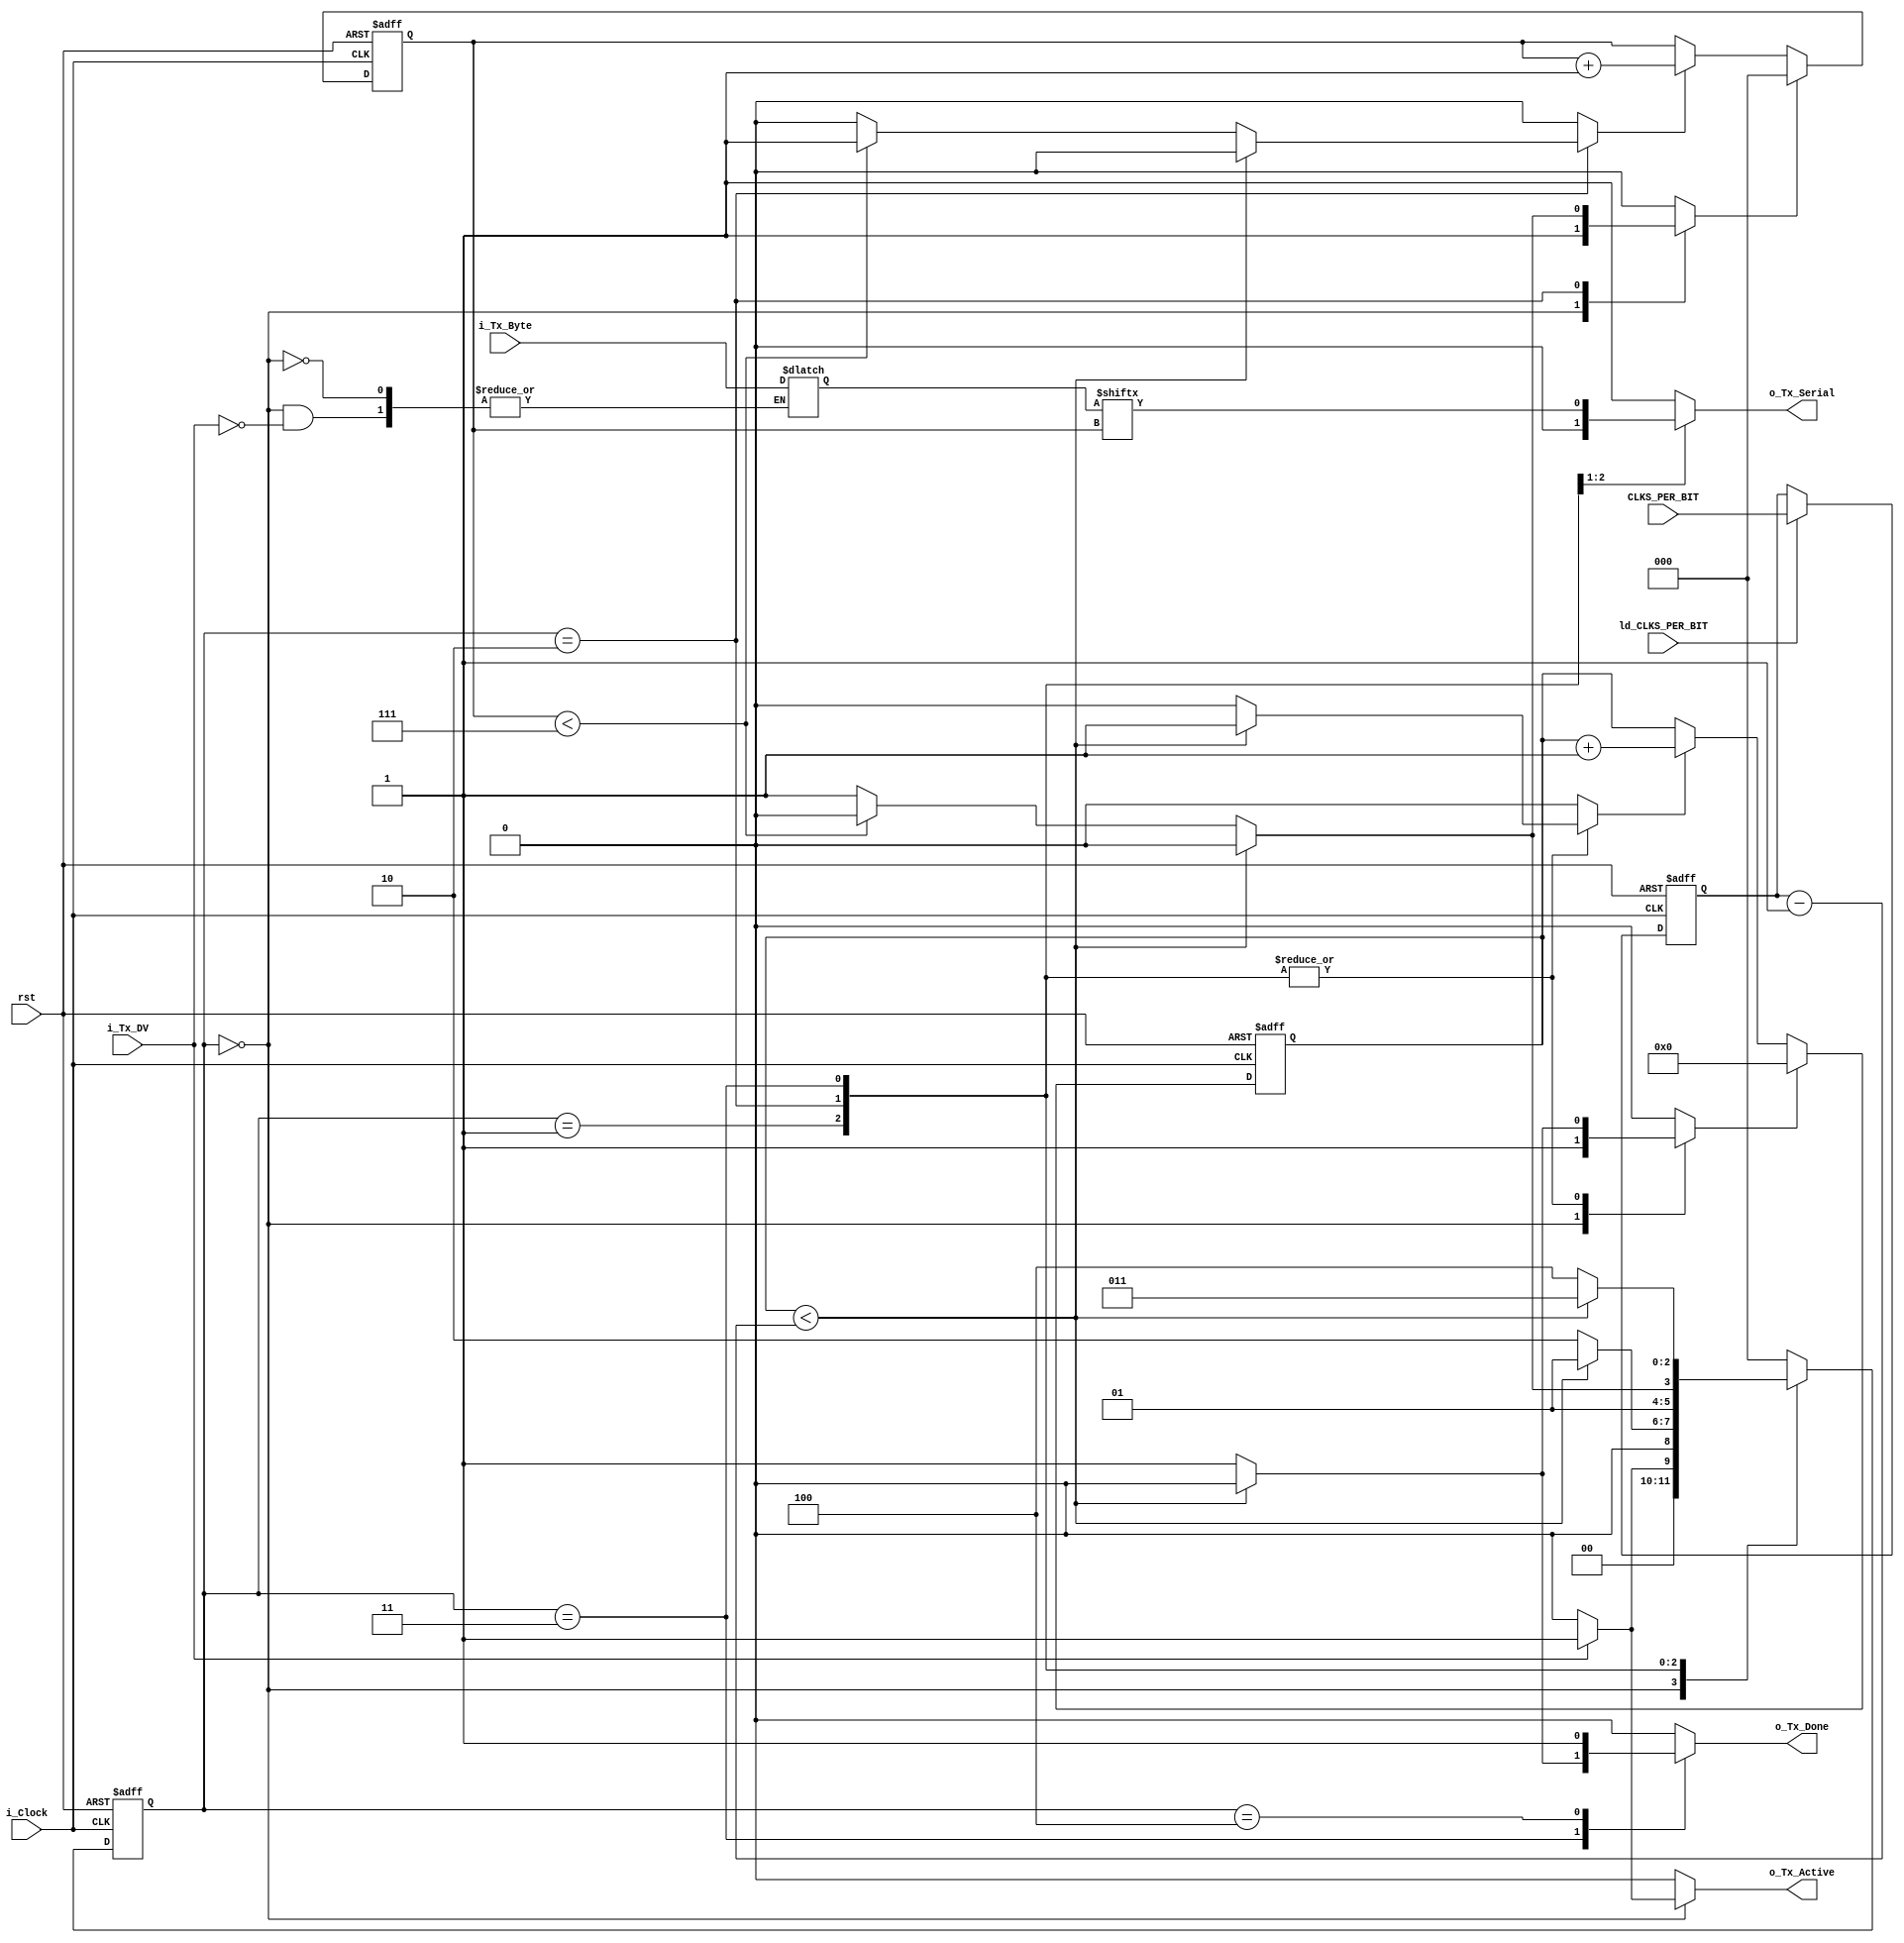
`timescale 1ns/1ns
module uart_tx
(
    input [31:0] CLKS_PER_BIT,
    input       ld_CLKS_PER_BIT,
    input       i_Clock,
    input       rst,
    input       i_Tx_DV, // start by 1 value
    input [7:0] i_Tx_Byte, // must be set simultanously with start
    output      o_Tx_Active, // it is issued when transmit is happening
    output reg  o_Tx_Serial, // serial tx port
    output      o_Tx_Done // it is issued when a transmission is compeleted for one cycle.
);

    parameter s_IDLE         = 3'b000;
    parameter s_TX_START_BIT = 3'b001;
    parameter s_TX_DATA_BITS = 3'b010;
    parameter s_TX_STOP_BIT  = 3'b011;
    parameter s_CLEANUP      = 3'b100;

    reg [2:0]    ps, ns        ;
    reg [31:0]   r_Clock_Count ;
    reg [2:0]    r_Bit_Index   ;
    reg [7:0]    r_Tx_Data     ;
    reg          r_Tx_Done     ;
    reg          r_Tx_Active   ;
    reg [31:0]   CLKS_PER_BIT_s;

    always @(posedge i_Clock, posedge rst) begin
        if (rst)
            CLKS_PER_BIT_s <= 0;
        else if(ld_CLKS_PER_BIT)
            CLKS_PER_BIT_s <= CLKS_PER_BIT;
        else
            CLKS_PER_BIT_s <= CLKS_PER_BIT_s;
    end

    reg initRcounter;
    reg incRcounter;
    always @(posedge i_Clock, posedge rst) begin
        if(rst) begin
			r_Clock_Count <= 0;
        end
        else if (initRcounter) begin
            r_Clock_Count <= 0;
        end
        else if (incRcounter) begin
            r_Clock_Count <= r_Clock_Count + 1'b1;
        end
        else
            r_Clock_Count <= r_Clock_Count;
    end

    reg initIcounter;
    reg incIcounter;
    always @(posedge i_Clock, posedge rst) begin
        if(rst) begin
			r_Bit_Index <= 0;
        end
        else if (initIcounter) begin
            r_Bit_Index <= 0;
        end
        else if (incIcounter) begin
            r_Bit_Index <= r_Bit_Index + 1'b1;
        end
        else
            r_Bit_Index <= r_Bit_Index;
    end

    always @(posedge i_Clock, posedge rst) begin
        if(rst)
            ps <= s_IDLE;
        else
            ps <= ns;
    end

    always @(ps, i_Tx_DV, r_Clock_Count) begin
        ns            <= s_IDLE;
        o_Tx_Serial   <= 1'b1;
        r_Tx_Done     <= 1'b0;
        r_Tx_Active   <= 1'b0;
        initRcounter  <= 1'b0;
        incRcounter   <= 1'b0;
        initIcounter  <= 1'b0;
        incIcounter   <= 1'b0;
        case (ps)
            s_IDLE : begin
                o_Tx_Serial   <= 1'b1;         // Drive Line High for Idle
                r_Tx_Done     <= 1'b0;
                r_Tx_Active   <= 1'b0;
                initRcounter  <= 1'b1;
                initIcounter  <= 1'b1;

                if (i_Tx_DV == 1'b1)
                begin
                    r_Tx_Active <= 1'b1;
                    r_Tx_Data   <= i_Tx_Byte;
                    ns          <= s_TX_START_BIT;
                end
                else
                    ns <= s_IDLE;
            end // case: s_IDLE

            // Send out Start Bit. Start bit = 0
            s_TX_START_BIT : begin
                o_Tx_Serial <= 1'b0;

                // Wait CLKS_PER_BIT_s-1 clock cycles for start bit to finish
                if ((r_Clock_Count < CLKS_PER_BIT_s-1))
                begin
                    incRcounter <= 1'b1;
                    ns          <= s_TX_START_BIT;
                end
                else
                begin
                    initRcounter <= 1'b1;
                    ns           <= s_TX_DATA_BITS;
                end
            end // case: s_TX_START_BIT


            // Wait CLKS_PER_BIT_s-1 clock cycles for data bits to finish
            s_TX_DATA_BITS : begin
                o_Tx_Serial <= r_Tx_Data[r_Bit_Index];

                if ((r_Clock_Count < CLKS_PER_BIT_s-1)) begin
                    incRcounter <= 1'b1;
                    ns          <= s_TX_DATA_BITS;
                end
                else begin
                    initRcounter <= 1'b1;

                    // Check if we have sent out all bits
                    if (r_Bit_Index < 7) begin
                        incIcounter <= 1'b1;
                        ns          <= s_TX_DATA_BITS;
                    end
                    else begin
                        initIcounter <= 1'b1;
                        ns           <= s_TX_STOP_BIT;
                    end
                end
            end // case: s_TX_DATA_BITS


            // Send out Stop bit.  Stop bit = 1
            s_TX_STOP_BIT : begin
                o_Tx_Serial <= 1'b1;

                // Wait CLKS_PER_BIT_s-1 clock cycles for Stop bit to finish
                if ((r_Clock_Count < CLKS_PER_BIT_s-1)) begin
                    incRcounter <= 1'b1;
                    ns          <= s_TX_STOP_BIT;
                end
                else begin
                    r_Tx_Done     <= 1'b1;
                    initRcounter  <= 1'b1;
                    ns            <= s_CLEANUP;
                    r_Tx_Active   <= 1'b0;
                end
            end // case: s_Tx_STOP_BIT


            // Stay here 1 clock
            s_CLEANUP : begin
                r_Tx_Done <= 1'b1;
                ns        <= s_IDLE;
            end


            default :
            ns <= s_IDLE;
        endcase

    end

  assign o_Tx_Active = r_Tx_Active;
  assign o_Tx_Done   = r_Tx_Done;

endmodule